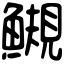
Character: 䲅